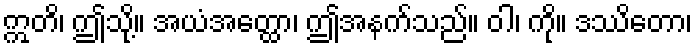
ဣတိ၊ ဤသို့။ အယံအတ္ထော၊ ဤအနက်သည်။ ဝါ၊ ကို။ ဒဿိတော၊